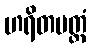
ဟရိတပတ္တံ